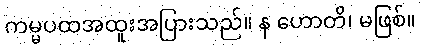
ကမ္မပထအထူးအပြားသည်။ န ဟောတိ၊ မဖြစ်။